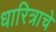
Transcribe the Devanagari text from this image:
धारित्राचे